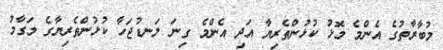
މުބާރާތުގެ އެންމެ މޮޅު ކުޅުންތެރިޔާ އަދި އެންމެ ގިނަ ލަނޑުޖަހާ ކުޅުންތެރިޔާގެ މަގާމު